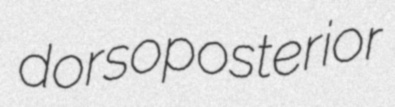
dorsoposterior